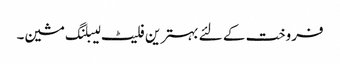
فروخت کے لئے بہترین فلیٹ لیبلنگ مشین۔